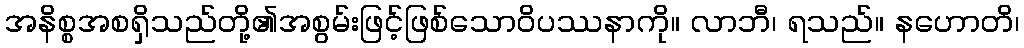
အနိစ္စအစရှိသည်တို့၏အစွမ်းဖြင့်ဖြစ်သောဝိပဿနာကို။ လာဘီ၊ ရသည်။ နဟောတိ၊